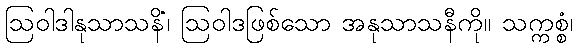
ဩဝါဒါနုသာသနိံ၊ ဩဝါဒဖြစ်သော အနုသာသနီကို။ သက္ကစ္စံ၊